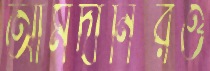
আমদানিরও